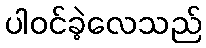
ပါဝင်ခဲ့လေသည်